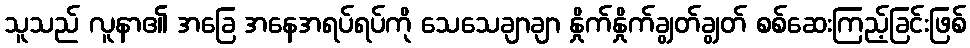
သူသည် လူနာ၏ အခြေ အနေအရပ်ရပ်ကို သေသေချာချာ နှိုက်နှိုက်ချွတ်ချွတ် စစ်ဆေးကြည့်ခြင်းဖြစ်